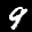
Label: 9